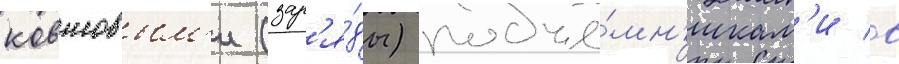
ковшовым'и (зар'я́ды) подъё́мн'икам'и в